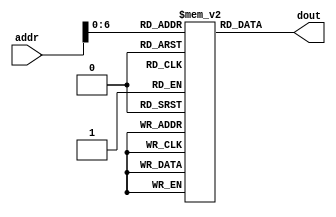
//
// instruction memory
module im(input  [11:2]  addr,
            output [31:0] dout );

  reg  [31:0] ROM[127:0];


  assign dout = ROM[addr]; // word aligned
endmodule  
//rom